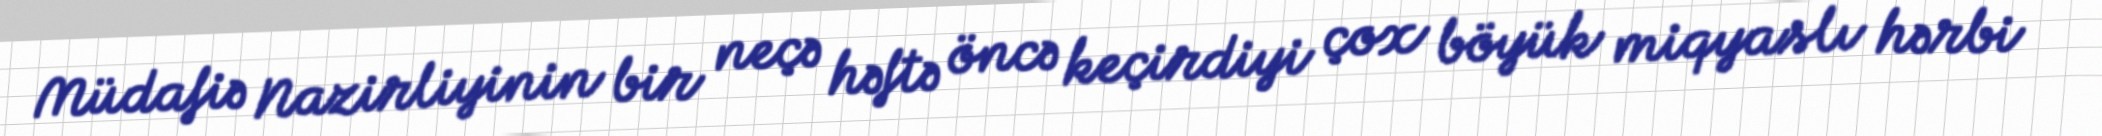
Müdafiə Nazirliyinin bir neçə həftə öncə keçirdiyi çox böyük miqyaslı hərbi